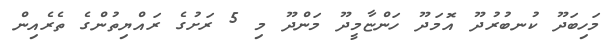
މަހިބަދޫ ކުނބުރުދޫ އޮމަދޫ ހަންޏާމީދޫ މަންދޫ މި 5 ރަށުގެ ރައްޔިތުންގެ ތެރެއިން